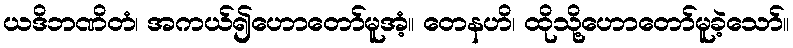
ယဒိဘဏိတံ၊ အကယ်၍ဟောတော်မူအံ့။ တေနဟိ၊ ထိုသို့ဟောတော်မူခဲ့သော်။